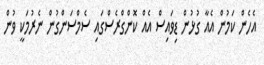
އެހެން ކަމުން އެއާ ގުޅުން ޑިވައިސް އެއް ކޮންގްރެސްގައި ސެމްސަންގުން ނެރުމަކީ ވުން